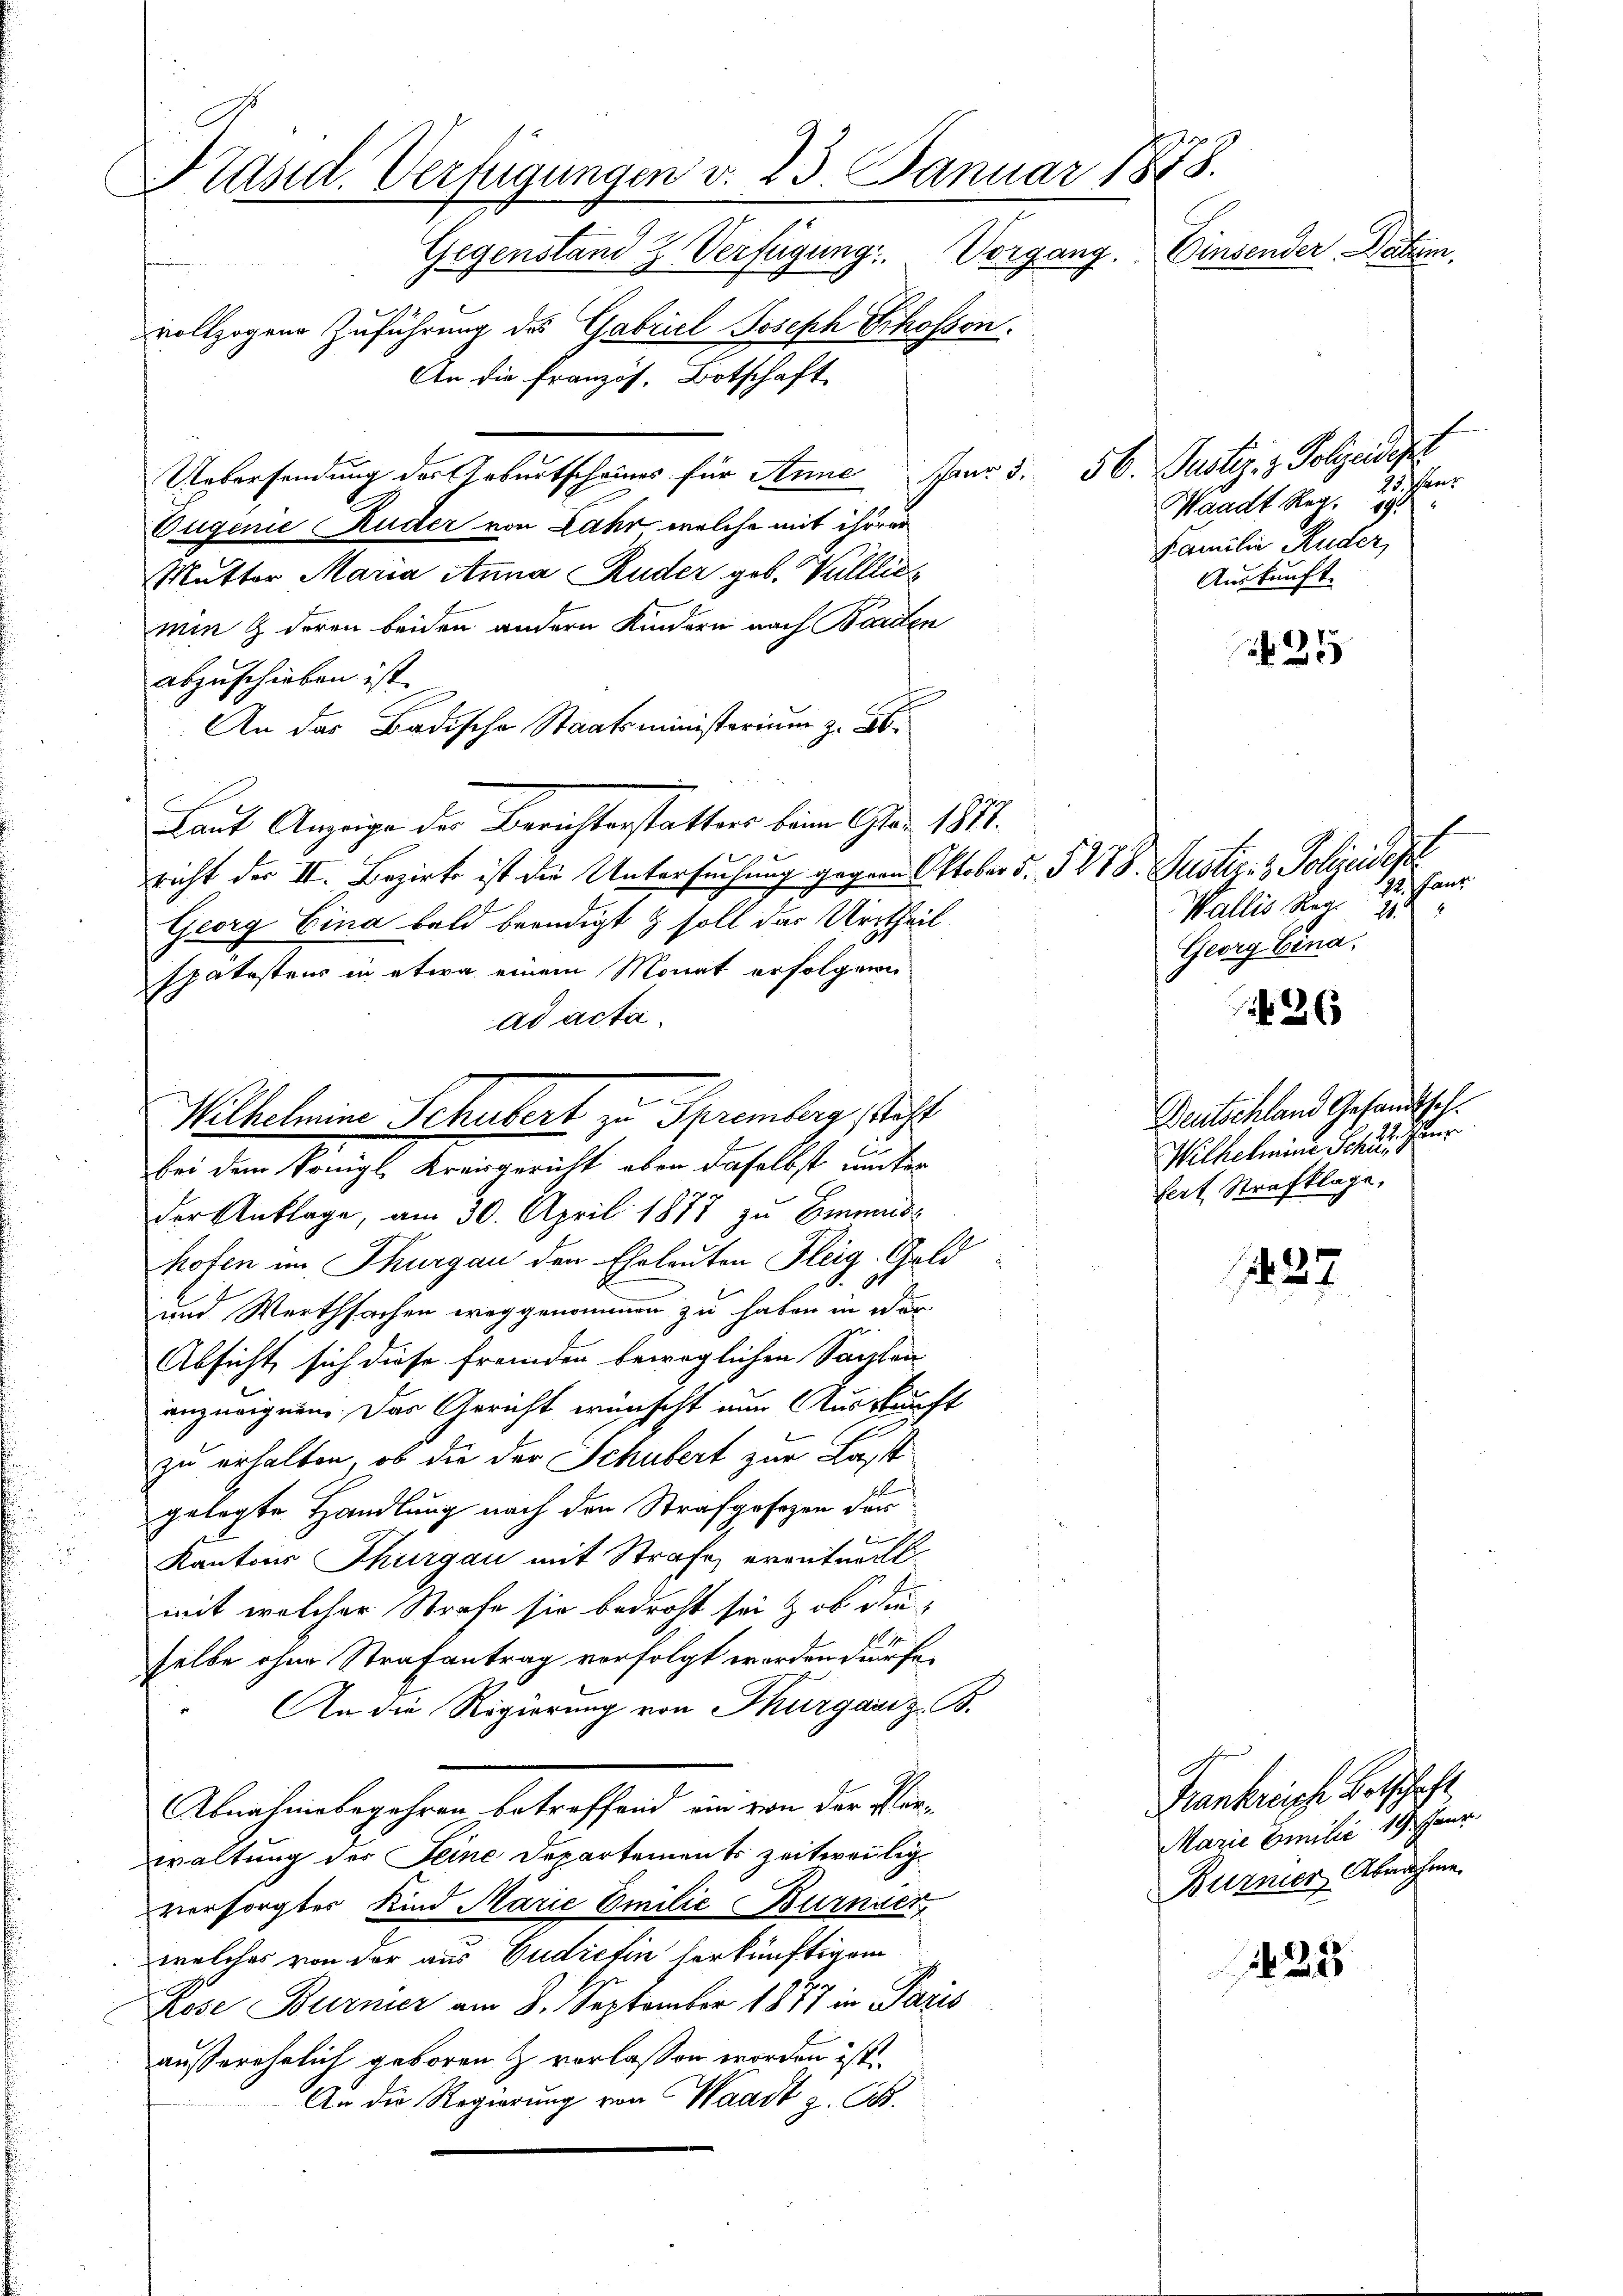
Präsid. Verfügungen d. 23. Januar 1878.
Einsender Datem.
Gegenstand Z. Verfügung: Vorgang.
vollzogene Zuführung des Gabriel Joseph Schossen.
An die Französ. Botschaft.

Uebersendung der Geburtscheines für Anne Janr. 5. 56. Justiz- & Polizeidept
Eugenie Ruder von Jahr welche mit ihrer
Mutter Maria Anna Ruder geb. Gulllich
min & deren beiden andern Kindern nach Borden
abzuschieben ist.
An das Badische Staatsministerium z. B.
Laut Anzeige der Berichterstatters beim Ao. 1817.
richt der II. Bezirk ist die Untersuchung gegen Oktober s. § 278. Justiz- & Polizeidest
Georg Eina bald beendigt & soll das Urtheil
spätestens in etwa einem Monat erfolgene
ad acta.
der Anklage, am 30. April 1877 zu Einmis
hofen im Thurgau den Eheleuten Fleig-Geld
und Werthsachen weggenommen zu haben in der
Absicht, sich diese fremden beweglichen Sachen
anzueignen. Das Gericht wünscht nur Auskunft
zu erhalten, ob die der Schubert zur Last
gelegte Handlung nach den Strafgesagen der
Kantons Thurgau mit Strafe eventuell-
mit welcher Strafe sie bedroht sei & ob dieselbe ohne Strafantrag verfolgt worden dürfe.
An die Regierung von Thurgauiz. B.
Abnahmebegehren betreffend ein von der Perwaltung des Seine Departements zeitweilig
versorgter Kind Marie Emilie Burnier
welches von der aus Gudicfin herkünftigem
Rose Burner am 8. September 1877 in Paris
außerehelich geboren & vorlassen worden ist.
An die Regierung von Waadt z. B.

Wilhelmine Schubert zu Spremberg sicht
bei dem Königl. Kreisgericht eben daselbst unter

barer
Waadt Reg. 19
Familie Ruder,
Auskunft

25

122. Jantz
6
Wallis Reg.
149
Georg Eina.

26

Deutschland Gesandtsch.
Wilhelmini Schule, Herr
sert Strafklage,

427

232

Frankreische Betschaft,
Marie Emilić 19. Feur
Burner Abnahme